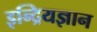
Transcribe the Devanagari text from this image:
इन्द्रियज्ञान